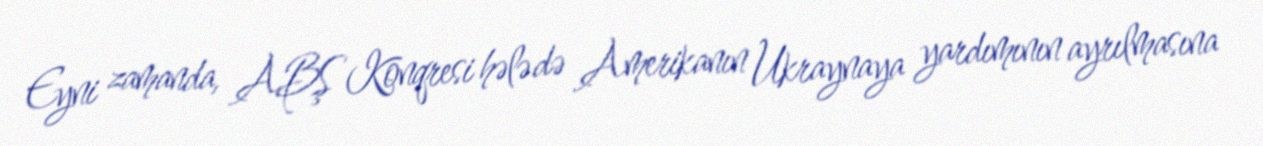
Eyni zamanda, ABŞ Konqresi hələ də Amerikanın Ukraynaya yardımının ayrılmasına